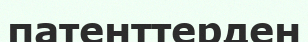
патенттерден